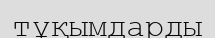
тұқымдарды